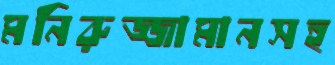
মনিরুজ্জামানসহ